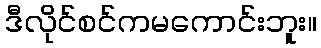
ဒီလိုင်စင်ကမကောင်းဘူး။